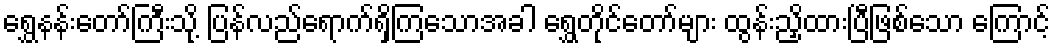
ရွှေနန်းတော်ကြီးသို့ ပြန်လည်ရောက်ရှိကြသောအခါ ရွှေတိုင်တော်များ ထွန်းညှိထားပြီဖြစ်သော ကြောင့်